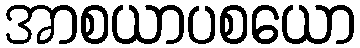
အာစယာပစယော